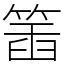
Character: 𥯥